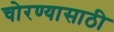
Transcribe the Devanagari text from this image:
चोरण्यासाठी